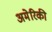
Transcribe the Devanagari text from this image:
अमेेरिकी